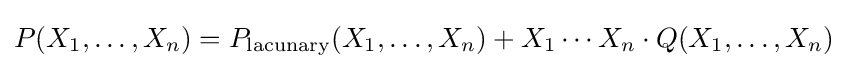
P(X_{1},\ldots ,X_{n})=P_{\text{lacunary}}(X_{1},\ldots ,X_{n})+X_{1}\cdots X_{n}\cdot Q(X_{1},\ldots ,X_{n})